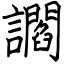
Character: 讇